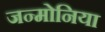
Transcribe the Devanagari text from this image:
जन्मोनिया